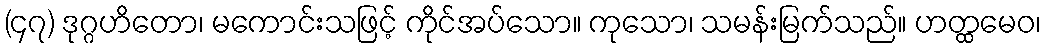
(၄၇) ဒုဂ္ဂဟိတော၊ မကောင်းသဖြင့် ကိုင်အပ်သော။ ကုသော၊ သမန်းမြက်သည်။ ဟတ္ထမေဝ၊